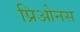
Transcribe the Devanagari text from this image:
प्रिओनस